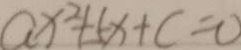
a x ^ { 2 } + 5 x + c = 0